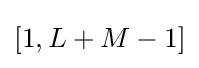
[1,L+M-1]